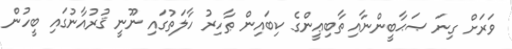
ވަރަށް ގިނަ ޞަޙާބީންނާއި ތާބިޢީންގެ ކިބައިން ޠާހިރު ހާލަތުގައި ނޫނީ ޤުރުއާނުގައި ބީހުން